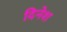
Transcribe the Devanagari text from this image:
दिनेश